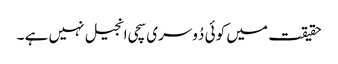
حقیقت میں کو ئی دُوسری سچی انجیل نہیں ہے ۔